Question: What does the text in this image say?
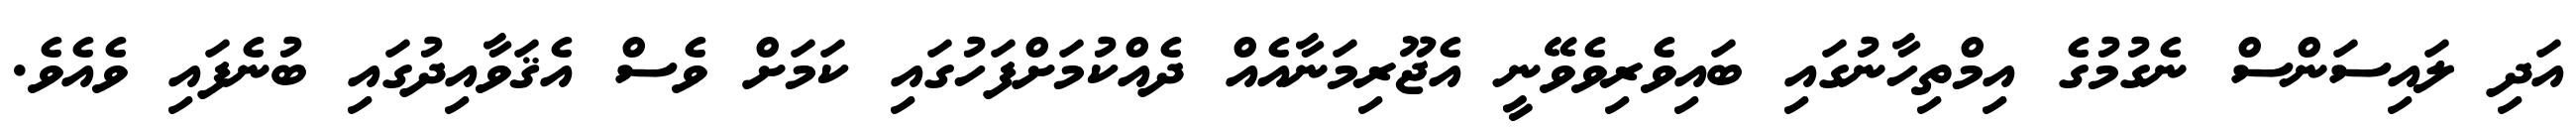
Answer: އަދި ލައިސަންސް ނެގުމުގެ އިމްތިހާނުގައި ބައިވެރިވެވޭނީ އެޖޫރިމަނާއެއް ދެއްކުމަށްފަހުގައި ކަމަށް ވެސް އެޤަވާއިދުގައި ބުނެފައި ވެއެވެ.